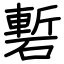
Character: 磛